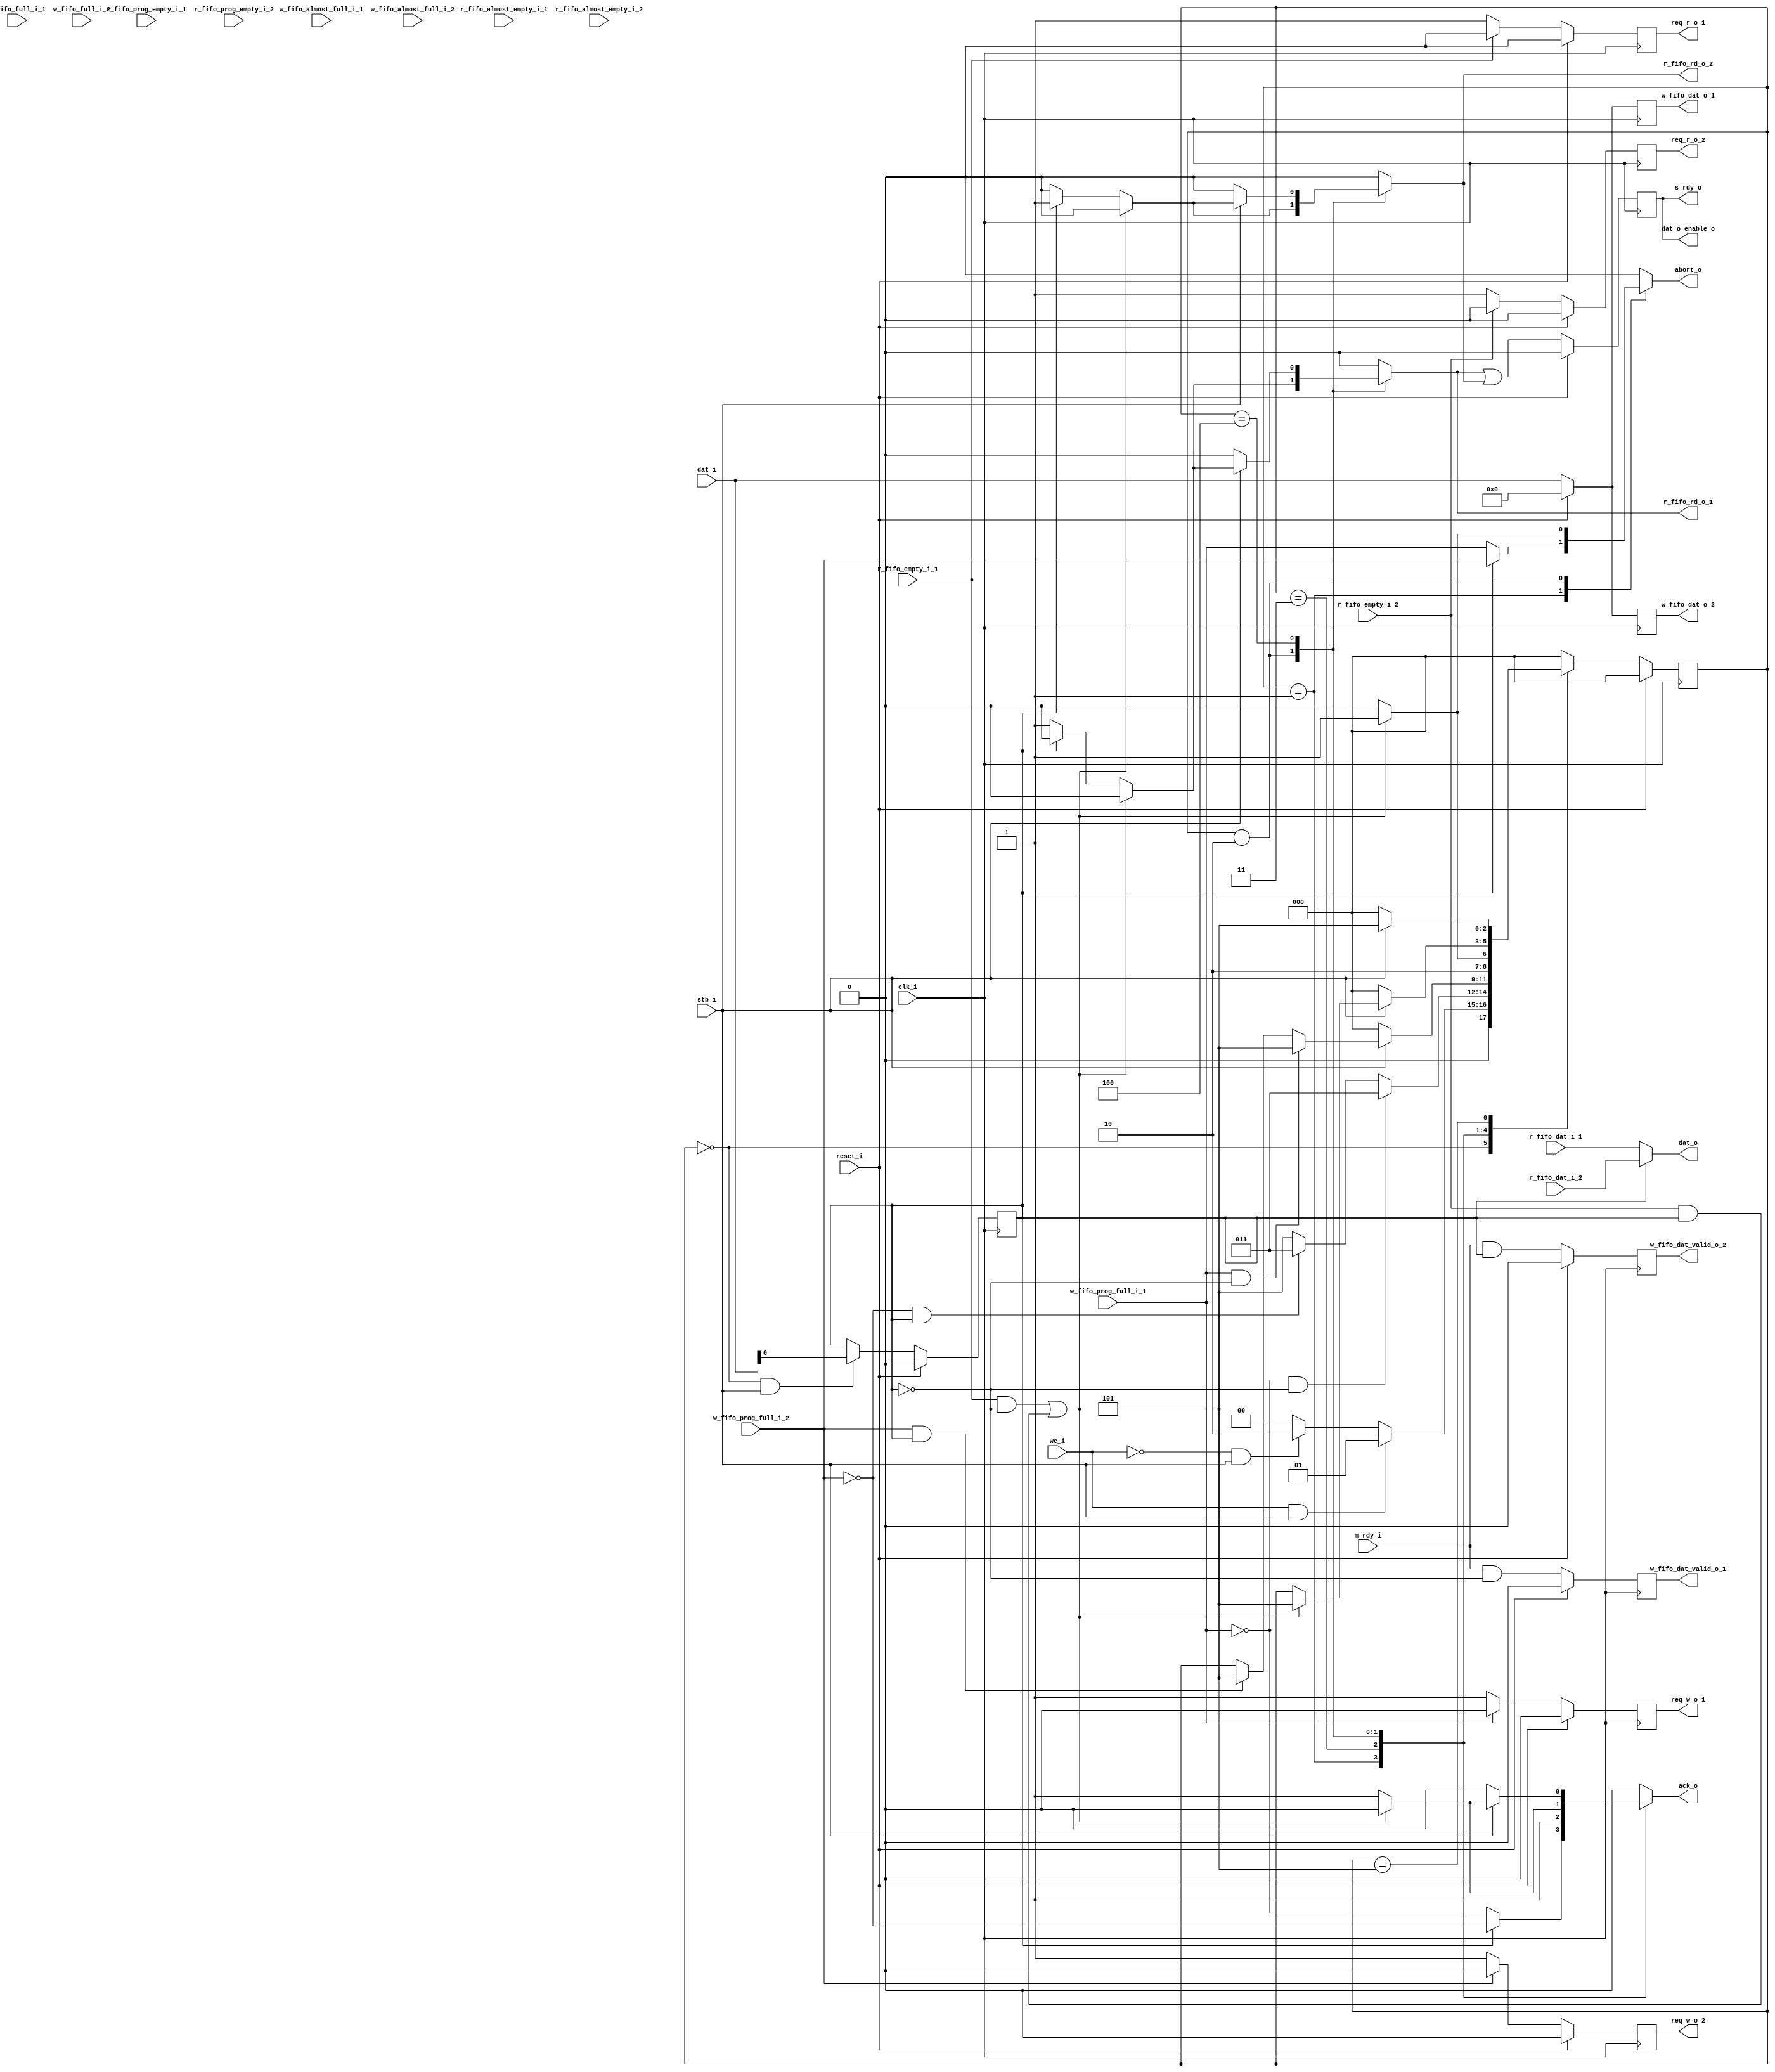
`timescale 1ns / 1ps
//////////////////////////////////////////////////////////////////////////////////
// Company: 
// Engineer: 
// 
// Design Name: 
// Module Name:    bus_slave 
// Project Name: 
// Target Devices: 
// Tool versions: 
// Description: 
//
// Dependencies: 
//
// Revision: 
// Revision 0.01 - File Created
// Additional Comments: 
//
//////////////////////////////////////////////////////////////////////////////////
module bus_slave(
		input clk_i,
		input reset_i,
		//bus interface
		output ack_o,
		output abort_o,
		input m_rdy_i,
		output s_rdy_o,
		input we_i,
		input stb_i,		
		output [31:0] dat_o,
		output dat_o_enable_o,
		input [31:0] dat_i,
		
		output req_w_o_1,
		output req_w_o_2,
		
		output req_r_o_1,
		output req_r_o_2,		
		//read fifo  1 interface
		output r_fifo_rd_o_1,
		input [31:0] r_fifo_dat_i_1,
		input r_fifo_empty_i_1,
		input r_fifo_almost_empty_i_1,
		input r_fifo_prog_empty_i_1,
		//read fifo  2 interface
		output r_fifo_rd_o_2,
		input [31:0] r_fifo_dat_i_2,
		input r_fifo_empty_i_2,
		input r_fifo_almost_empty_i_2,
		input r_fifo_prog_empty_i_2,
		//write fifo interface 1
		output reg [31:0] w_fifo_dat_o_1,
		output reg w_fifo_dat_valid_o_1,
		input w_fifo_full_i_1,
		input w_fifo_almost_full_i_1,
		input w_fifo_prog_full_i_1,//
		//write fifo interface 2
		output reg [31:0] w_fifo_dat_o_2,
		output reg w_fifo_dat_valid_o_2,
		input w_fifo_full_i_2,
		input w_fifo_almost_full_i_2,
		input w_fifo_prog_full_i_2
    );

reg [2:0] state;
parameter	IDLE=3'd0,
				WRITE_ACK=3'd1,	
				READ_ACK=3'd2,		
				WRITE_BURST=3'd3,
				READ_BURST=3'd4,
        			WAIT=3'd5;

reg ack;
reg abort;
reg s_rdy;

reg req_r_1;
reg req_r_2;

reg req_w_1;
reg req_w_2;

reg r_mode;

reg r_fifo_rd_1;
reg r_fifo_rd_2;

initial begin
	state<=IDLE;
	ack<=1'b0;
	req_r_1<=1'b0;
	req_r_2<=1'b0;
	req_w_1<=1'b0;
	req_w_2<=1'b0;
	s_rdy<=1'b0;
	abort<=1'b0;
end

assign #2 ack_o=ack;
assign #2 abort_o=abort;

always@(posedge clk_i) begin
	if(reset_i)
		req_w_1<=1'b0;
	else if(w_fifo_prog_full_i_1==1'b0)
		req_w_1<=1'b1;
	else
		req_w_1<=1'b0;
end

always@(posedge clk_i) begin
	if(reset_i)
		req_w_2<=1'b0;
	else if(w_fifo_prog_full_i_2==1'b0)
		req_w_2<=1'b1;
	else
		req_w_2<=1'b0;
end

assign #2 req_w_o_1=req_w_1;
assign #2 req_w_o_2=req_w_2;

always@(posedge clk_i) begin
	if(reset_i)
		req_r_1<=1'b0;
	else if(r_fifo_empty_i_1==1'b0)	
		req_r_1<=1'b1;
	else
		req_r_1<=1'b0;
end

assign #2 req_r_o_1=req_r_1;

always@(posedge clk_i) begin
	if(reset_i)
		req_r_2<=1'b0;
	else if(r_fifo_empty_i_2==1'b0)	
		req_r_2<=1'b1;
	else
		req_r_2<=1'b0;
end

assign #2 req_r_o_2=req_r_2;

always@(posedge clk_i) begin
	if(reset_i) begin
		w_fifo_dat_o_1<=32'b0;
		w_fifo_dat_valid_o_1<=1'b0;
	end else begin
		w_fifo_dat_o_1<=dat_i;
		w_fifo_dat_valid_o_1<=m_rdy_i & (~r_mode);
	end
end

always@(posedge clk_i) begin
	if(reset_i) begin
		w_fifo_dat_o_2<=32'b0;
		w_fifo_dat_valid_o_2<=1'b0;
	end else begin
		w_fifo_dat_o_2<=dat_i;
		w_fifo_dat_valid_o_2<=m_rdy_i & (r_mode);
	end
end

assign #2 r_fifo_rd_o_1=r_fifo_rd_1;
assign #2 r_fifo_rd_o_2=r_fifo_rd_2;

always@(posedge clk_i) begin
	if(reset_i)
		s_rdy<=1'b0;
	else
		s_rdy<=(r_fifo_rd_1 | r_fifo_rd_2);
end

assign #2 s_rdy_o=s_rdy;
assign #2 dat_o_enable_o=s_rdy;

assign #2 dat_o=(r_mode==1'b0)? r_fifo_dat_i_1[31:0]:r_fifo_dat_i_2[31:0];

always@(posedge clk_i) begin
	if(reset_i) 
		r_mode<=1'b0;
	else if(state==IDLE && stb_i==1'b1 )
		r_mode<=dat_i[0];
	else
		r_mode<=r_mode;
end

always@(*) begin
	case(state)
		IDLE: begin
					ack<=1'b0;
					abort<=1'b0;
					r_fifo_rd_1<=1'b0;
					r_fifo_rd_2<=1'b0;
				end
		WRITE_ACK: begin
						 if(r_mode==1'b0) begin
							ack<=(~w_fifo_prog_full_i_1);
							abort<=w_fifo_prog_full_i_1;
						 end else begin
							ack<=(~w_fifo_prog_full_i_2);
							abort<=w_fifo_prog_full_i_2;
						 end
						 r_fifo_rd_1<=1'b0;
						 r_fifo_rd_2<=1'b0;
					  end
		WRITE_BURST: begin
							ack<=1'b1;
							abort<=1'b0;
							r_fifo_rd_1<=1'b0;
							r_fifo_rd_2<=1'b0;
						 end					 
		READ_ACK: begin
							if((r_fifo_empty_i_1==1'b1 && r_mode==1'b0)||
								(r_fifo_empty_i_2==1'b1 && r_mode==1'b1)) begin
								ack<=1'b0;
								abort<=1'b1;
								r_fifo_rd_1<=1'b0;
								r_fifo_rd_2<=1'b0;
							end else begin
								ack<=1'b1;
								abort<=1'b0;
								if(r_mode==1'b0) begin
									r_fifo_rd_1<=1'b1;
									r_fifo_rd_2<=1'b0;
								end else begin
									r_fifo_rd_1<=1'b0;
									r_fifo_rd_2<=1'b1;
								end									
							end		
					 end
		READ_BURST: begin
							if(stb_i==1'b0) begin
							   ack<=1'b0;
								 abort<=1'b0;
								 r_fifo_rd_1<=1'b0;
								 r_fifo_rd_2<=1'b0;
              end else if((r_fifo_empty_i_1==1'b1 && r_mode==1'b0)||
								(r_fifo_empty_i_2==1'b1 && r_mode==1'b1)) begin
								ack<=1'b0;
								abort<=1'b0;
								r_fifo_rd_1<=1'b0;
								r_fifo_rd_2<=1'b0;
							end else begin
								ack<=1'b1;
								abort<=1'b0;
								if(r_mode==1'b0) begin
									r_fifo_rd_1<=1'b1;
									r_fifo_rd_2<=1'b0;
								end else begin
									r_fifo_rd_1<=1'b0;
									r_fifo_rd_2<=1'b1;
								end
							end			
						end
		WAIT: begin
		           ack<=1'b0;
	              abort<=1'b0;
							 r_fifo_rd_1<=1'b0;
							 r_fifo_rd_2<=1'b0;
            end				
		default: begin
						ack<=1'b0;
						abort<=1'b0;
						r_fifo_rd_1<=1'b0;
						r_fifo_rd_2<=1'b0;
					end
							
	endcase
end

		

always@(posedge clk_i) begin
	if(reset_i)
		state<=IDLE;
	else begin
		case(state)
				IDLE: begin
							if(we_i==1'b1 && stb_i==1'b1)
									state<=WRITE_ACK;
							else if(we_i==1'b0 && stb_i==1'b1)
									state<=READ_ACK;								
							else
									state<=IDLE;
						end		
				WRITE_ACK: begin
									if(w_fifo_prog_full_i_1==1'b0 && r_mode==1'b0)
											state<=WRITE_BURST;
									else if(w_fifo_prog_full_i_2==1'b0 && r_mode==1'b1)
											state<=WRITE_BURST;
									else
											state<=WAIT;
							  end
				WRITE_BURST: begin
									if(stb_i==1'b0) state<=IDLE; 
									else if(w_fifo_prog_full_i_1==1'b1 && r_mode==1'b0) state<=WAIT;
									else if(w_fifo_prog_full_i_2==1'b1 && r_mode==1'b1) state<=WAIT;
									else state<=state;
								 end							 
				READ_ACK:begin 
								if((r_fifo_empty_i_1==1'b1 && r_mode==1'b0)||
								   (r_fifo_empty_i_2==1'b1 && r_mode==1'b1)) state<=WAIT;
								else state<=READ_BURST;				 
							end
				READ_BURST: begin
									if(stb_i==1'b0) state<=IDLE; 
									else if((r_fifo_empty_i_1==1'b1 && r_mode==1'b0)||
								          (r_fifo_empty_i_2==1'b1 && r_mode==1'b1)) state<=WAIT;
									else state<=state;
								end
				WAIT: begin
				         if(stb_i==1'b0) state<=IDLE;
				         else state<= WAIT;
                end				
				default: state<=IDLE;	
		endcase
	end	
end

endmodule